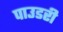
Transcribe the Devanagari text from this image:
पाउडरी